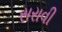
સરાવી